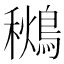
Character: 𪃩